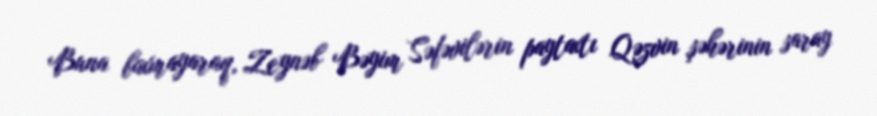
Buna baxmayaraq, Zeynəb Bəyim Səfəvilərin paytaxtı Qəzvin şəhərinin saray